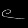
Digit: ၉